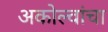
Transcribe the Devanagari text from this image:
अकोल्वांचा